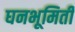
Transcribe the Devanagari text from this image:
घनभूमिती